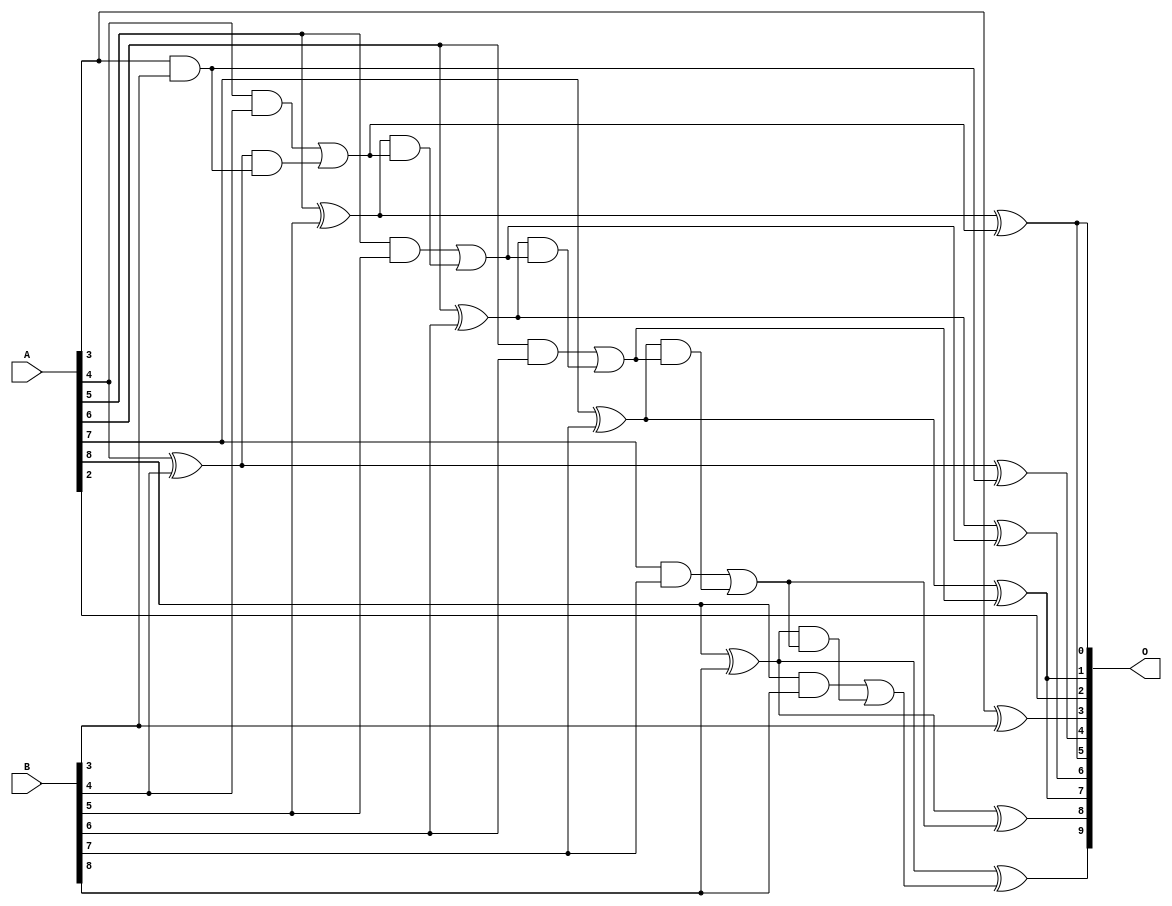
/***
* This code is a part of EvoApproxLib library (ehw.fit.vutbr.cz/approxlib) distributed under The MIT License.
* When used, please cite the following article(s): V. Mrazek, L. Sekanina, Z. Vasicek "Libraries of Approximate Circuits: Automated Design and Application in CNN Accelerators" IEEE Journal on Emerging and Selected Topics in Circuits and Systems, Vol 10, No 4, 2020 
* This file contains a circuit from a sub-set of pareto optimal circuits with respect to the pwr and wce parameters
***/
// MAE% = 0.72 %
// MAE = 3.7 
// WCE% = 1.95 %
// WCE = 10 
// WCRE% = 600.00 %
// EP% = 92.19 %
// MRE% = 7.73 %
// MSE = 20 
// PDK45_PWR = 0.025 mW
// PDK45_AREA = 56.8 um2
// PDK45_DELAY = 0.47 ns

module add9se_0C1 (
    A,
    B,
    O
);

input [8:0] A;
input [8:0] B;
output [9:0] O;

wire sig_30,sig_31,sig_35,sig_36,sig_37,sig_38,sig_39,sig_40,sig_41,sig_42,sig_43,sig_44,sig_45,sig_46,sig_47,sig_48,sig_49,sig_50,sig_51,sig_52;
wire sig_53,sig_54,sig_55,sig_56,sig_57,sig_58,sig_59,sig_61;

assign sig_30 = A[3] ^ B[3];
assign sig_31 = A[3] & B[3];
assign sig_35 = A[4] ^ B[4];
assign sig_36 = A[4] & B[4];
assign sig_37 = sig_35 & sig_31;
assign sig_38 = sig_35 ^ sig_31;
assign sig_39 = sig_36 | sig_37;
assign sig_40 = A[5] ^ B[5];
assign sig_41 = A[5] & B[5];
assign sig_42 = sig_40 & sig_39;
assign sig_43 = sig_40 ^ sig_39;
assign sig_44 = sig_41 | sig_42;
assign sig_45 = A[6] ^ B[6];
assign sig_46 = A[6] & B[6];
assign sig_47 = sig_45 & sig_44;
assign sig_48 = sig_45 ^ sig_44;
assign sig_49 = sig_46 | sig_47;
assign sig_50 = A[7] ^ B[7];
assign sig_51 = A[7] & B[7];
assign sig_52 = sig_50 & sig_49;
assign sig_53 = sig_50 ^ sig_49;
assign sig_54 = sig_51 | sig_52;
assign sig_55 = A[8] ^ B[8];
assign sig_56 = A[8] & B[8];
assign sig_57 = sig_55 & sig_54;
assign sig_58 = sig_55 ^ sig_54;
assign sig_59 = sig_56 | sig_57;
assign sig_61 = sig_55 ^ sig_59;

assign O[9] = sig_61;
assign O[8] = sig_58;
assign O[7] = sig_53;
assign O[6] = sig_48;
assign O[5] = sig_43;
assign O[4] = sig_38;
assign O[3] = sig_30;
assign O[2] = A[2];
assign O[1] = sig_53;
assign O[0] = sig_43;

endmodule